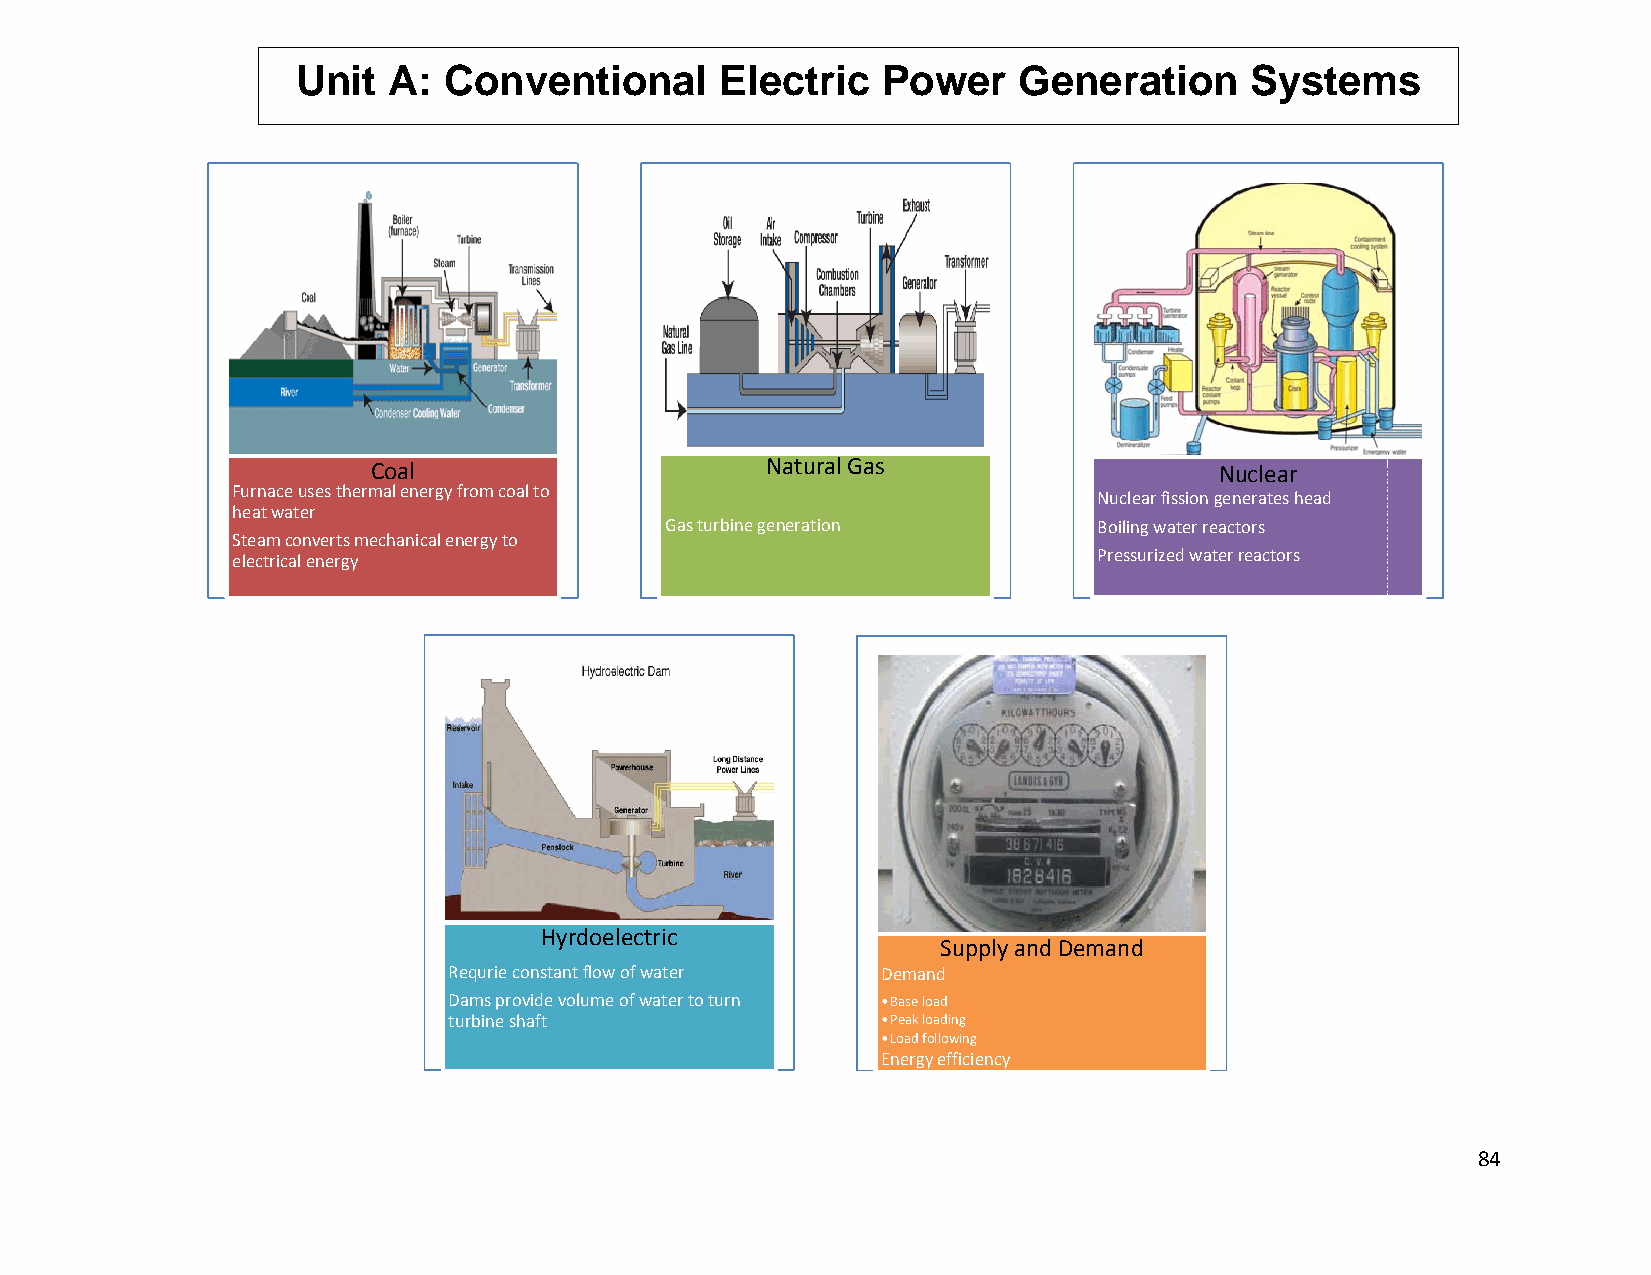
UUnit A: CConventiional     Eleectric Poower   Gennerationn    Systemms
 Coal                      NNatural Gas                  Nuclear
 Furnace usses thermal energy ffrom coal to
 Nuclear fission gennerates head
 heat water
 Gas turbine geeneration      Boiling water reacctors
 Steam connverts mechanical ennergy to
 electrical eenergy                                        Pressurized water reactors
 Hyrdoellectric
 Supply and Deemand
 Reequrie constant flow of water Demand
 Daams provide volume of water to turn •Base load
 tuurbine shaft              •Peak loading
 •Load ffollowing
 Energyy efficiency
 84